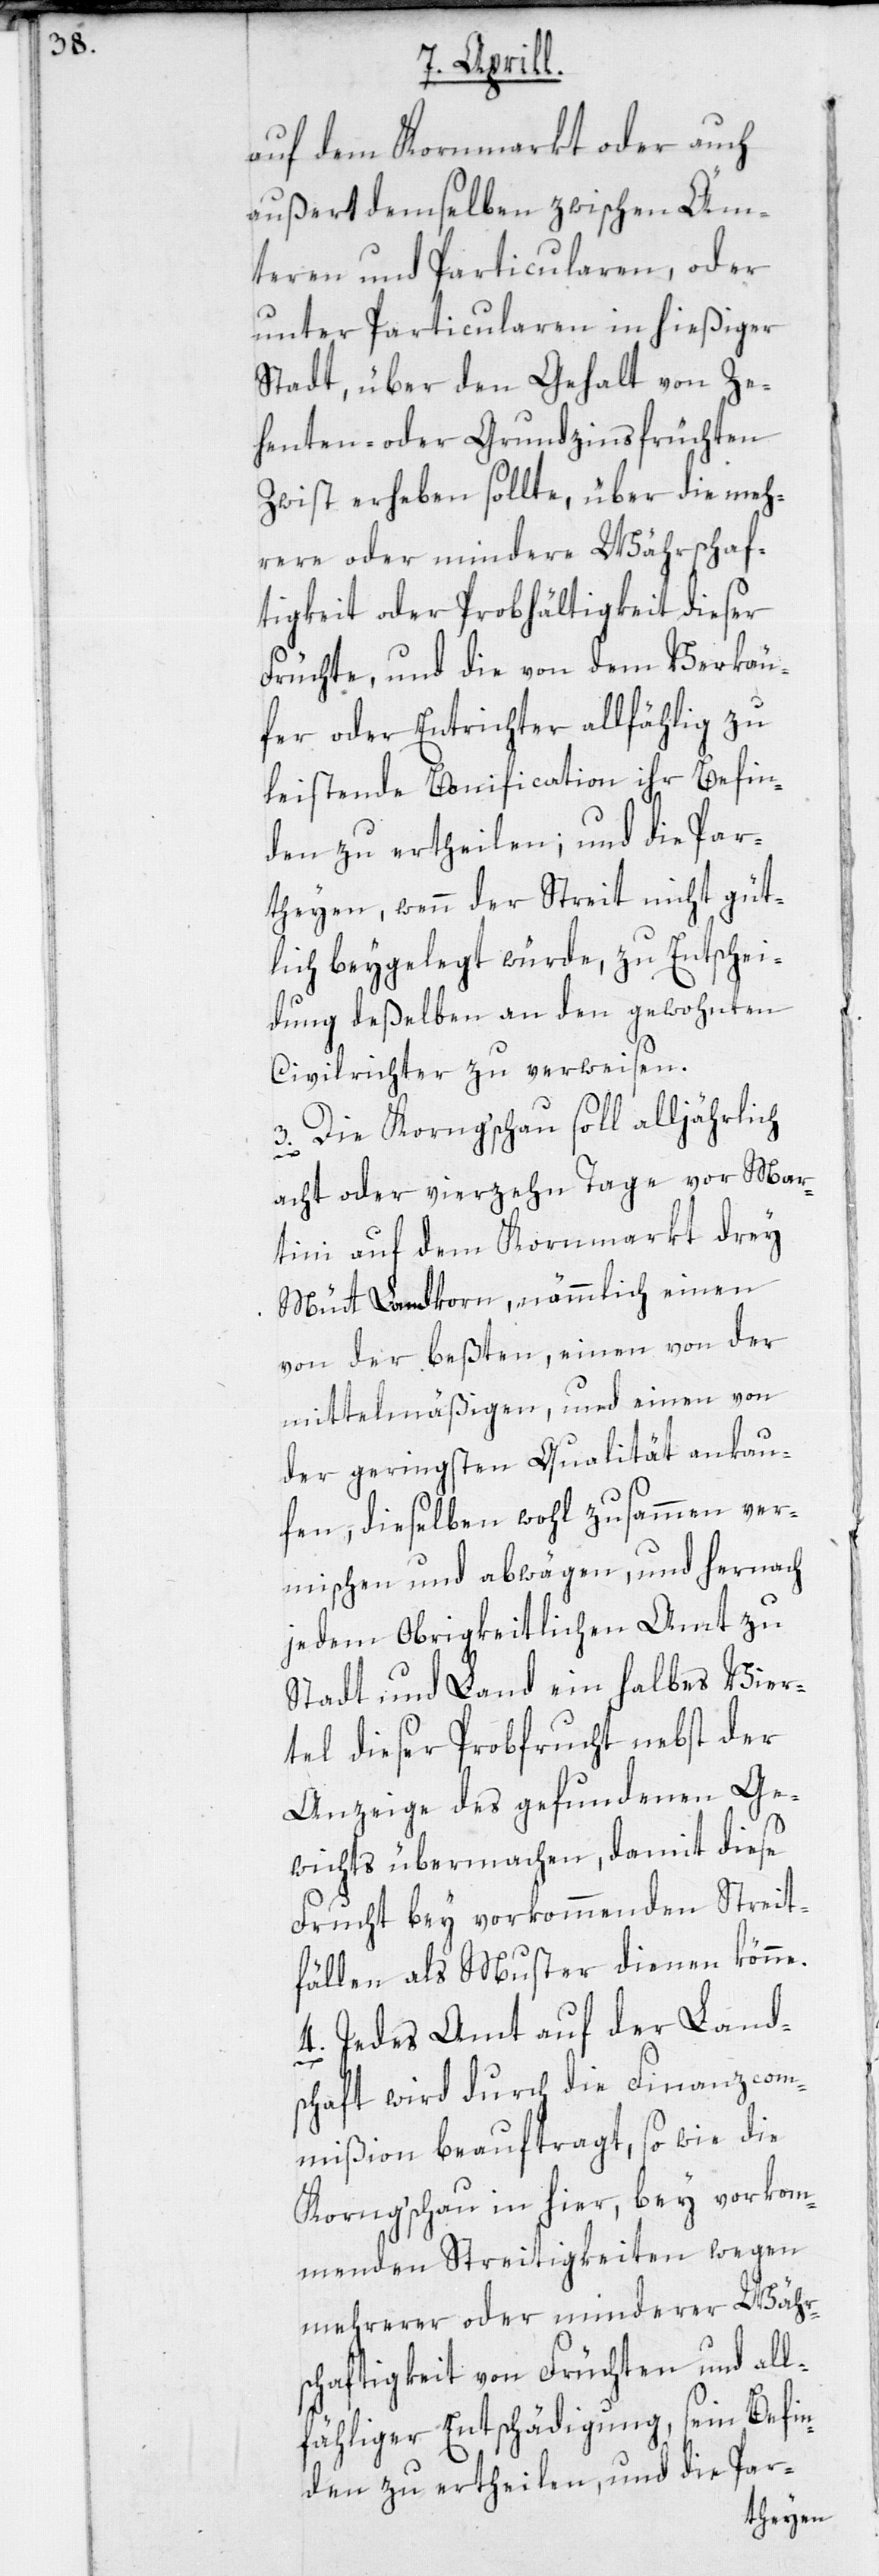
auf dem Kornmarkt oder auch
außert demselben zwischen Äm¬
teren und Particularen, oder
unter Particularen in hießiger
Stadt, über den Gehalt von Ze¬
henten- oder Grundzinsfrüchten
Zwist erheben sollte, über die meh¬
rere oder mindere Währschaf¬
tigkeit oder Probhältigkeit dieser
Früchte, und die von dem Verkäu¬
fer oder Entrichter allfählig zu
leistende Bonification ihr Befin¬
den zu ertheilen; und die Par¬
theyen, wenn der Streit nicht güt¬
lich beygelegt würde, zu Entschei¬
dung deßelben an den gewohnten
Civilrichter zu verweisen.
3. Die Korng’schau soll alljährlich
acht oder vierzehn Tage vor Mar¬
tini auf dem Kornmarkt drey
Mütt Landkorn, nämmlich einen
von der beßten, einen von der
mittelmäßigen, und einen von
der geringsten Qualität ankau¬
fen, dieselben wohl zusammen ver¬
mischen und abwägen, und hernach
jedem Obrigkeitlichen Amt zu
Stadt und Land ein halbes Vier¬
tel dieser Probfrucht nebst der
Anzeige des gefundenen Ge¬
wichts übermachen, damit diese
Frucht bey vorkommenden Streit¬
fällen als Muster dienen könne.
4. Jedes Amt auf der Land¬
schaft wird durch die Finanzcom¬
mißion beauftragt, so wie die
Korng’schau in hier, bey vorkom¬
menden Streitigkeiten wegen
mehrerer oder minderer Währs¬
chaftigkeit von Früchten und all¬
fähliger Entschädigung, sein Befin¬
den zu ertheilen, und die Par-